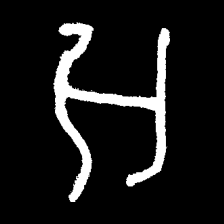
Pyu character \u2014 Myanmar letter: အ (romanized: a)